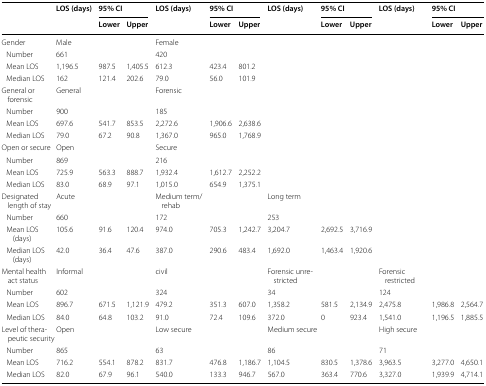
<table><thead><tr><td rowspan="2"></td><td rowspan="2"><b>LOS (days)</b></td><td colspan="2"><b>95% CI</b></td><td rowspan="2"><b>LOS (days)</b></td><td colspan="2"><b>95% CI</b></td><td rowspan="2"><b>LOS (days)</b></td><td colspan="2"><b>95% CI</b></td><td rowspan="2"><b>LOS (days)</b></td><td colspan="2"><b>95% CI</b></td></tr><tr><td><b>Lower</b></td><td><b>Upper</b></td><td><b>Lower</b></td><td><b>Upper</b></td><td><b>Lower</b></td><td><b>Upper</b></td><td><b>Lower</b></td><td><b>Upper</b></td></tr></thead><tbody><tr><td>Gender</td><td>Male</td><td></td><td></td><td>Female</td><td></td><td></td><td></td><td></td><td></td><td></td><td></td><td></td></tr><tr><td> Number</td><td>661</td><td></td><td></td><td>420</td><td></td><td></td><td></td><td></td><td></td><td></td><td></td><td></td></tr><tr><td> Mean LOS</td><td>1,196.5</td><td>987.5</td><td>1,405.5</td><td>612.3</td><td>423.4</td><td>801.2</td><td></td><td></td><td></td><td></td><td></td><td></td></tr><tr><td> Median LOS</td><td>162</td><td>121.4</td><td>202.6</td><td>79.0</td><td>56.0</td><td>101.9</td><td></td><td></td><td></td><td></td><td></td><td></td></tr><tr><td>General or forensic</td><td>General</td><td></td><td></td><td>Forensic</td><td></td><td></td><td></td><td></td><td></td><td></td><td></td><td></td></tr><tr><td> Number</td><td>900</td><td></td><td></td><td>185</td><td></td><td></td><td></td><td></td><td></td><td></td><td></td><td></td></tr><tr><td> Mean LOS</td><td>697.6</td><td>541.7</td><td>853.5</td><td>2,272.6</td><td>1,906.6</td><td>2,638.6</td><td></td><td></td><td></td><td></td><td></td><td></td></tr><tr><td> Median LOS</td><td>79.0</td><td>67.2</td><td>90.8</td><td>1,367.0</td><td>965.0</td><td>1,768.9</td><td></td><td></td><td></td><td></td><td></td><td></td></tr><tr><td>Open or secure</td><td>Open</td><td></td><td></td><td>Secure</td><td></td><td></td><td></td><td></td><td></td><td></td><td></td><td></td></tr><tr><td> Number</td><td>869</td><td></td><td></td><td>216</td><td></td><td></td><td></td><td></td><td></td><td></td><td></td><td></td></tr><tr><td> Mean LOS</td><td>725.9</td><td>563.3</td><td>888.7</td><td>1,932.4</td><td>1,612.7</td><td>2,252.2</td><td></td><td></td><td></td><td></td><td></td><td></td></tr><tr><td> Median LOS</td><td>83.0</td><td>68.9</td><td>97.1</td><td>1,015.0</td><td>654.9</td><td>1,375.1</td><td></td><td></td><td></td><td></td><td></td><td></td></tr><tr><td>Designated length of stay</td><td>Acute</td><td></td><td></td><td>Medium term/rehab</td><td></td><td></td><td>Long term</td><td></td><td></td><td></td><td></td><td></td></tr><tr><td> Number</td><td>660</td><td></td><td></td><td>172</td><td></td><td></td><td>253</td><td></td><td></td><td></td><td></td><td></td></tr><tr><td> Mean LOS (days)</td><td>105.6</td><td>91.6</td><td>120.4</td><td>974.0</td><td>705.3</td><td>1,242.7</td><td>3,204.7</td><td>2,692.5</td><td>3,716.9</td><td></td><td></td><td></td></tr><tr><td> Median LOS (days)</td><td>42.0</td><td>36.4</td><td>47.6</td><td>387.0</td><td>290.6</td><td>483.4</td><td>1,692.0</td><td>1,463.4</td><td>1,920.6</td><td></td><td></td><td></td></tr><tr><td>Mental health act status</td><td>Informal</td><td></td><td></td><td>civil</td><td></td><td></td><td>Forensic unrestricted</td><td></td><td></td><td>Forensic restricted</td><td></td><td></td></tr><tr><td> Number</td><td>602</td><td></td><td></td><td>324</td><td></td><td></td><td>34</td><td></td><td></td><td>124</td><td></td><td></td></tr><tr><td> Mean LOS</td><td>896.7</td><td>671.5</td><td>1,121.9</td><td>479.2</td><td>351.3</td><td>607.0</td><td>1,358.2</td><td>581.5</td><td>2,134.9</td><td>2,475.8</td><td>1,986.8</td><td>2,564.7</td></tr><tr><td> Median LOS</td><td>84.0</td><td>64.8</td><td>103.2</td><td>91.0</td><td>72.4</td><td>109.6</td><td>372.0</td><td>0</td><td>923.4</td><td>1,541.0</td><td>1,196.5</td><td>1,885.5</td></tr><tr><td>Level of therapeutic security</td><td>Open</td><td></td><td></td><td>Low secure</td><td></td><td></td><td>Medium secure</td><td></td><td></td><td>High secure</td><td></td><td></td></tr><tr><td> Number</td><td>865</td><td></td><td></td><td>63</td><td></td><td></td><td>86</td><td></td><td></td><td>71</td><td></td><td></td></tr><tr><td> Mean LOS</td><td>716.2</td><td>554.1</td><td>878.2</td><td>831.7</td><td>476.8</td><td>1,186.7</td><td>1,104.5</td><td>830.5</td><td>1,378.6</td><td>3,963.5</td><td>3,277.0</td><td>4,650.1</td></tr><tr><td> Median LOS</td><td>82.0</td><td>67.9</td><td>96.1</td><td>540.0</td><td>133.3</td><td>946.7</td><td>567.0</td><td>363.4</td><td>770.6</td><td>3,327.0</td><td>1,939.9</td><td>4,714.1</td></tr></tbody></table>